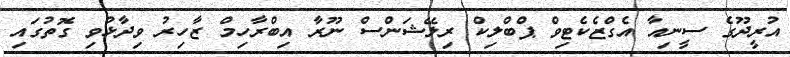
އުރީދޫގެ ސީނިއާ އެގްޒެކެޓިވް ޕްބްލިކް ރިލޭޝަންސް ނޫރާ އިބްރާހިމް ޒާހިރު ވިދާޅުވި ގޮތުގައި